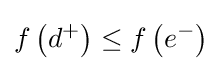
f\left(d^{+}\right)\leq f\left(e^{-}\right)